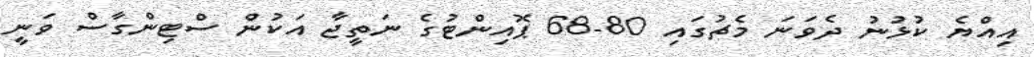
އިއްޔެ ކުޅުނު ދެވަނަ މެޗުގައި 80-68 ޕޮއިންޓުގެ ނަތީޖާ އަކުން ސްޓިންގާސް ވަނީ